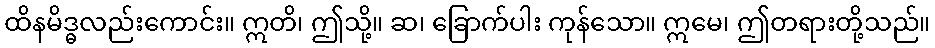
ထိနမိဒ္ဓလည်းကောင်း။ ဣတိ၊ ဤသို့။ ဆ၊ ခြောက်ပါး ကုန်သော။ ဣမေ၊ ဤတရားတို့သည်။